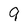
Character: 9